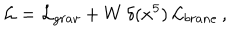
\mathcal { L } = \mathcal { L } _ { g r a v } + W \, \delta ( x ^ { 5 } ) \, \mathcal { L } _ { b r a n e } \, ,